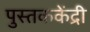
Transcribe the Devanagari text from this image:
पुस्तककेंद्री